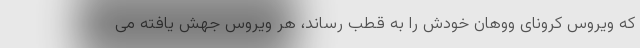
که ویروس کرونای ووهان خودش را به قطب رساند، هر ویروس جهش یافته می